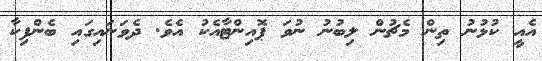
އެއީ ކުޅުނު ތިން މެޗުން ލިބުނު ނުވަ ޕޮއިންޓާއެކު އެވެ. ދެވަނައިގައި ބެންފިކާ